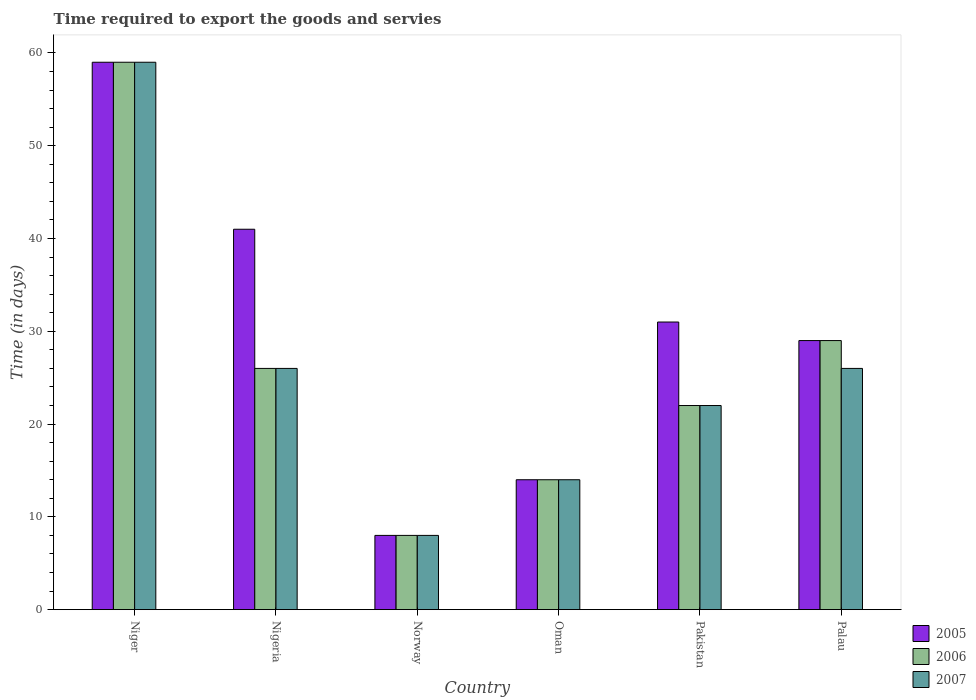
| Country | 2005 | 2006 | 2007 |
 | --- | --- | --- | --- |
 | Niger | 59 | 59 | 59 |
 | Nigeria | 41 | 26 | 26 |
 | Norway | 8 | 8 | 8 |
 | Oman | 14 | 14 | 14 |
 | Pakistan | 31 | 22 | 22 |
 | Palau | 29 | 29 | 26 |